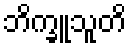
ဘိက္ခူသူတိ